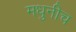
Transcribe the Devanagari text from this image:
मधुनीच